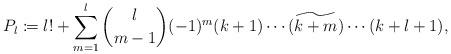
LaTeX: \begin{align*} P_l\coloneqq l!+\sum_{m=1}^l\binom{l}{m-1}(-1)^m(k+1)\cdots {\widetilde{(k+m)}}\cdots(k+l+1),\end{align*}